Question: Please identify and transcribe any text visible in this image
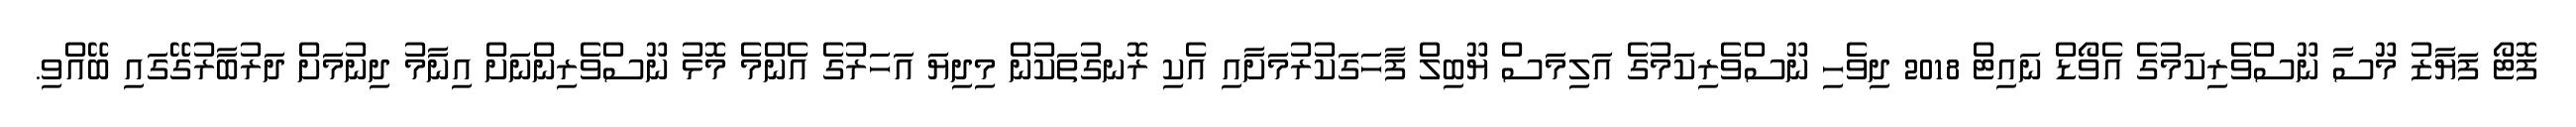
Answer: ފޮޓޯ ފަޔާޒު މޫސާ ނޫސްވެރިކަމުގެ އެވޯޑް ނައިޓް 2018 ދިވެހި ނޫސްވެރިކަމުގެ އަލިމަސް ޔޫބިލް ފާހަގަކުރުމަށާއި އެކި ރޮނގުތަކުން މިދިޔަ އަހަރުގެ އެންމެ މޮޅު ނޫސްވެރިންނަށް އިނާމު ދިނުމަށް ދަރުބާރުގޭގައި ބޭއްވި.